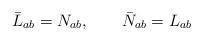
LaTeX: \begin{align*}\bar{L}_{ab} =N_{ab} , \qquad \bar{N}_{ab} = L_{ab}\end{align*}